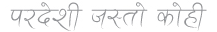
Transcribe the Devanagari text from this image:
परदेशी जस्तो कोही